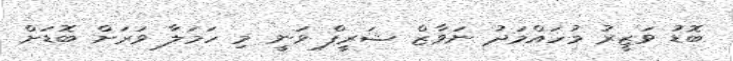
ބޮޑު ވަޒީރު މުހައްމަދު ނަވާޒް ޝަރީފް ވަނީ މި ހަމަލާ ވަރަށް ބޮޑަށް